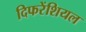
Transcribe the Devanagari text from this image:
दिफरेंशियल